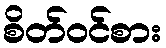
စိတ်ဝင်စား